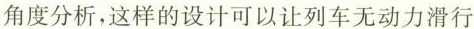
角度分析，这样的设计可以让列车无动力滑行